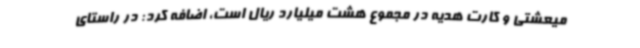
میعشتی و کارت هدیه در مجموع هشت میلیارد ریال است، اضافه کرد: در راستای